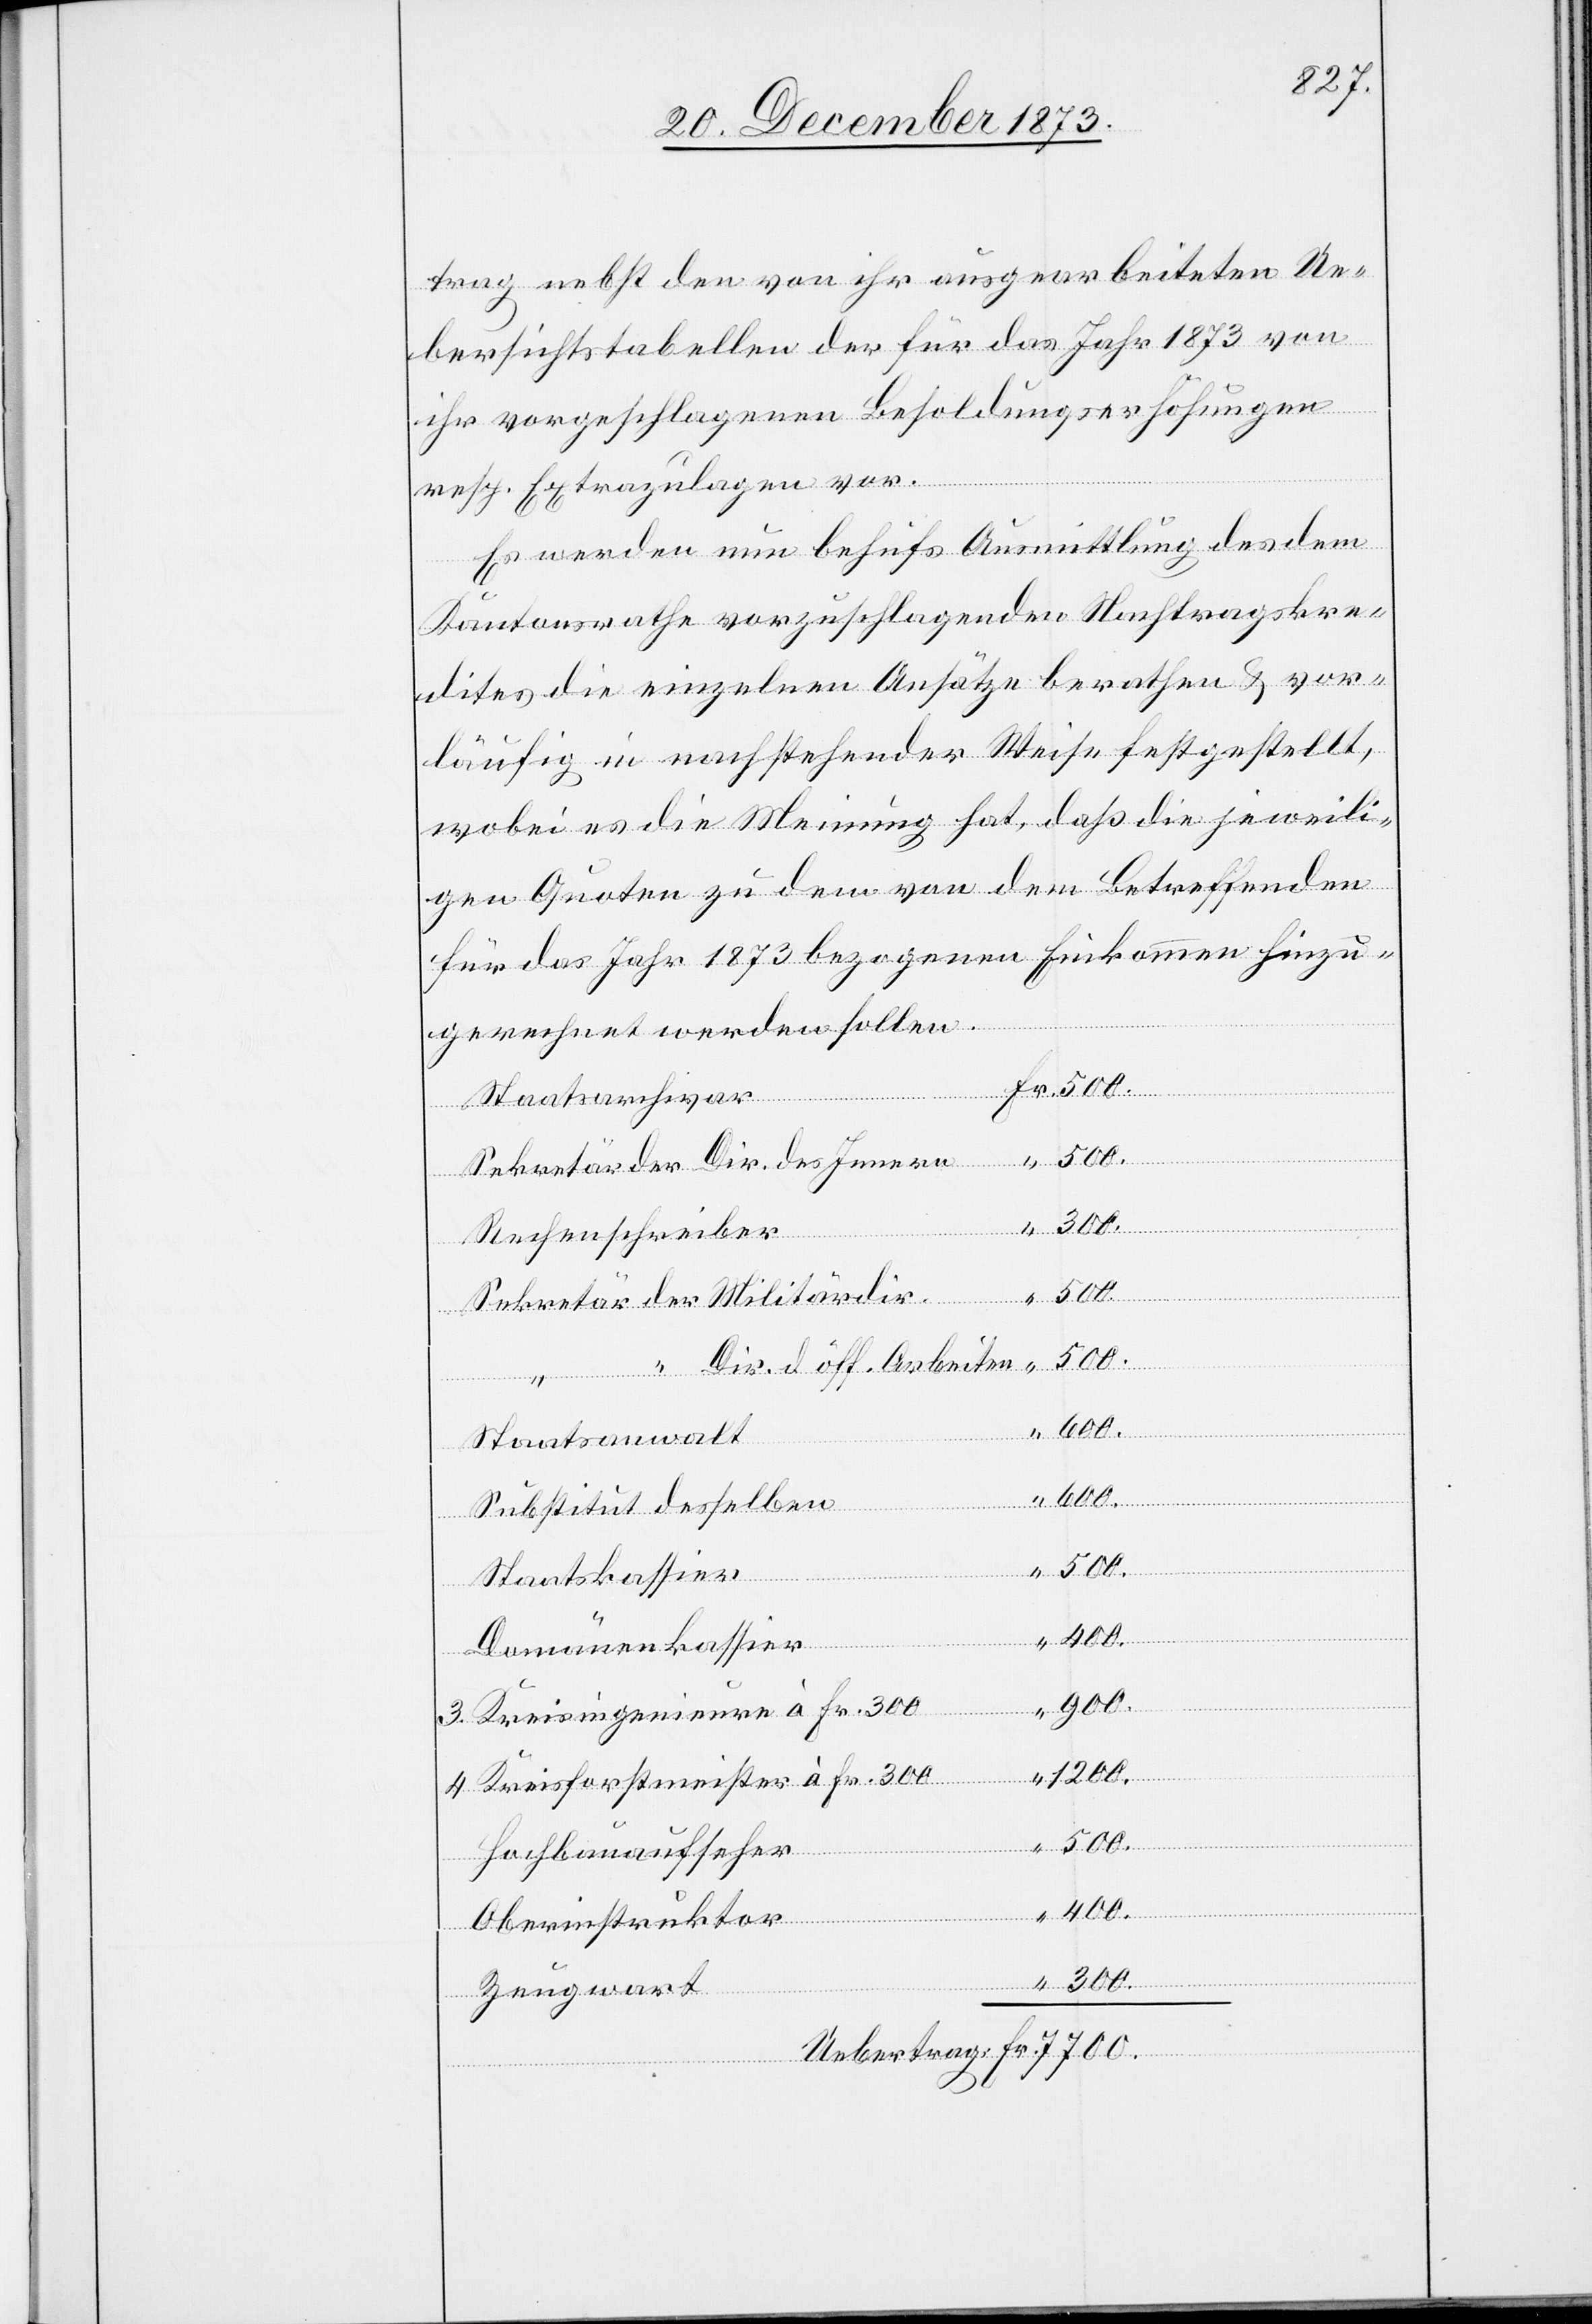
trag nebst den von ihr ausgearbeiteten Ue¬
bersichtstabellen der für das Jahr 1873 von
ihr vorgeschlagenen Besoldungserhöhungen
resp. Extrazulagen vor.
Es werden nun behufs Ausmittlung des dem
Kantonsrathe vorzuschlagenden Nachtragskre¬
dites die einzelnen Ansätze berathen & vor¬
läufig in nachstehender Weise festgestellt,
wobei es die Meinung hat, daß die jeweili¬
gen Quoten zu dem von dem Betreffenden
für das Jahr 1873 bezogenen Einkommen hinzu¬
gerechnet werden sollen.
Staatsarchivar
Sekretär der Dir. des Innern
Rechenschreiber
Sekretär der Militärdir.
300.
“ Dir. d. öff. Arbeiten
Staatsanwalt
Subsitut desselben
Staatskassier
Domänenkassier
“
900.
3. Kreisingenieure à Fr. 300
4 Kreisforstmeister à Fr. 300
1 200
Hochbauaufseher
400.
Oberinstruktor
Zeugwart
Fr.